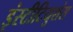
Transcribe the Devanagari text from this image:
इंस्टीटियुशंस